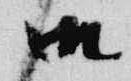
御